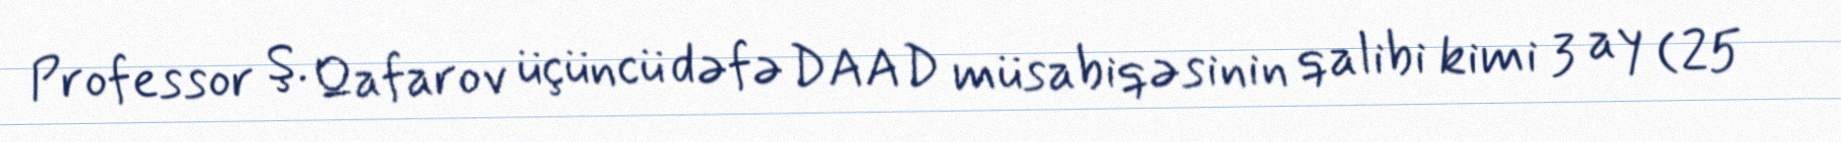
Professor Ş. Qafarov üçüncü dəfə DAAD müsabiqəsinin qalibi kimi 3 ay (25